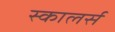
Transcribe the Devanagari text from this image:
स्कालर्स